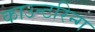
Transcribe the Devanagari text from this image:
काउन्टरिन्ग